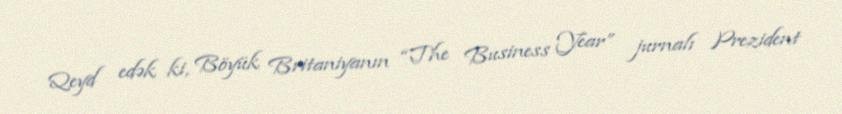
Qeyd edək ki, Böyük Britaniyanın “The Business Year” jurnalı Prezident